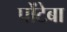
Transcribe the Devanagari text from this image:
पोंटेबा